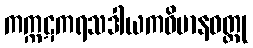
ကက္ကဋကရသဒါယကဝိမာနဝတ္ထု